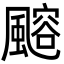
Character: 𩘪